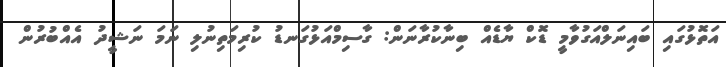
އަތޮޅުގައި ބައިނަލްއަގުވާމީ ޑޮކް ޔާޑެއް ބިނާކުރާނަން: ގާސިމްއަޅުގަނޑު ކުރިމަތިނުލި ނަމަ ނަޝީދު އެއްބުރުން